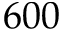
6 0 0